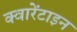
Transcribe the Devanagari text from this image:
क्वारेंटाइन